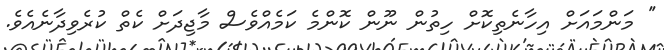
'' މަންމައަށް އިހާނެތިކޮށް ހިތުން ނޫން ކޮންމެ ކަމެއްވެސް މާޖިދަށް ކެތް ކުރެވިދާނެއެވެ.